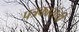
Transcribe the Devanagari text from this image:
पत्रकारांची